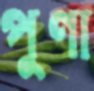
পুণা